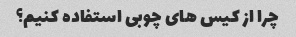
چرا از کیس های چوبی استفاده کنیم؟